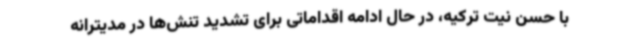
با حسن نیت ترکیه، در حال ادامه اقداماتی برای تشدید تنش‌ها در مدیترانه